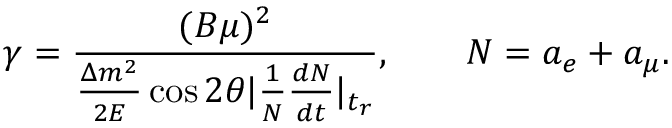
\gamma = { \frac { ( B \mu ) ^ { 2 } } { { \frac { \Delta m ^ { 2 } } { 2 E } } \cos 2 \theta \vert { \frac { 1 } { N } } { \frac { d N } { d t } } \vert _ { t _ { r } } } } , \qquad N = a _ { e } + a _ { \mu } .